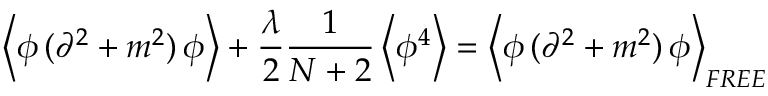
\left< \phi \, ( \partial ^ { 2 } + m ^ { 2 } ) \, \phi \right> + \frac { \lambda } { 2 } \frac { 1 } { N + 2 } \left< \phi ^ { 4 } \right> = \left< \phi \, ( \partial ^ { 2 } + m ^ { 2 } ) \, \phi \right> _ { F R E E }